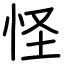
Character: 怪